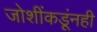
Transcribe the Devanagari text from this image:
जोशींकडूंनही